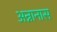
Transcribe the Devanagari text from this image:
अन्नानास